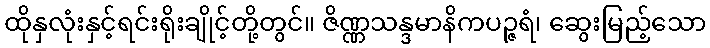
ထိုနှလုံးနှင့်ရင်းရိုးချိုင့်တို့တွင်။ ဇိဏ္ဏသန္ဒမာနိကပဉ္ဇရံ၊ ဆွေးမြည့်သော